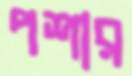
পশার